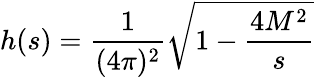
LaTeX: h(s)=\frac 1{(4\pi)^{2}}\sqrt{1-\frac{4M^{2}}s}